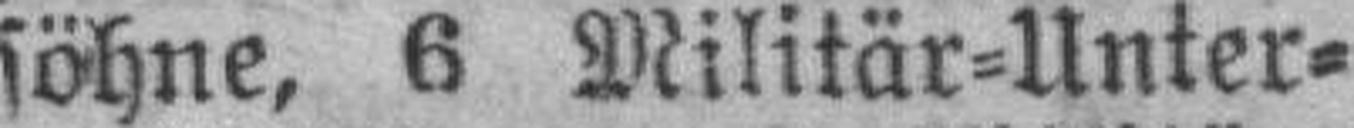
söhne, 6 Militär=Unter¬